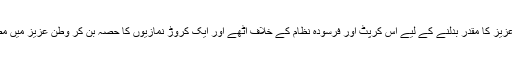
ضرورت اس امر کی ہے قوم اپنا اور وطن عزیز کا مقدر بدلنے کے لیے اس کرپٹ اور فرسودہ نظام کے خلاف اٹھے اور ایک کروڑ نمازیوں کا حصہ بن کر وطن عزیز میں مصطفوی انقلاب کے لیے اپنا کردار ادا کرے۔